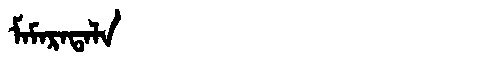
Manchu: ᠮᠠᠮᠠᡵᠠᡨᠠᠯᠠ
Romanization: MAMARATALA